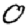
Digit: 0